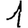
Digit: 1